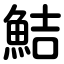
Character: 鮚